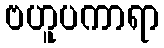
ဗဟူပကာရာ